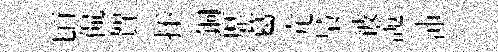
頃侃賀抔銅歴葛宂梟彼詭沛